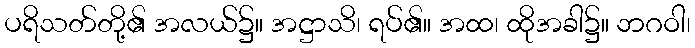
ပရိသတ်တို့၏ အလယ်၌။ အဋ္ဌာသိ၊ ရပ်၏။ အထ၊ ထိုအခါ၌။ ဘဂဝါ၊